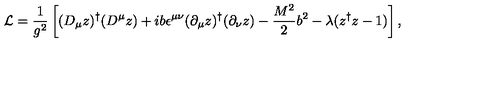
{ \cal L } = \frac { 1 } { g ^ { 2 } } \left[ ( D _ { \mu } z ) ^ { \dagger } ( D ^ { \mu } z ) + i b \epsilon ^ { \mu \nu } ( \partial _ { \mu } z ) ^ { \dagger } ( \partial _ { \nu } z ) - \frac { M ^ { 2 } } { 2 } b ^ { 2 } - \lambda ( z ^ { \dagger } z - 1 ) \right] ,